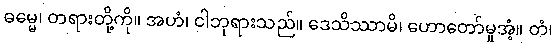
ဓမ္မေ၊ တရားတို့ကို။ အဟံ၊ ငါဘုရားသည်။ ဒေသိဿာမိ၊ ဟောတော်မူအံ့။ တံ၊